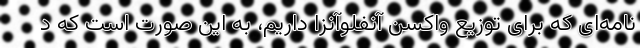
نامه‌ای که برای توزیع واکسن آنفلوآنزا داریم، به این صورت است که د